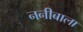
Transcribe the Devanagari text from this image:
ननीबाला